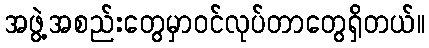
အဖွဲ့အစည်းတွေမှာဝင်လုပ်တာတွေရှိတယ်။